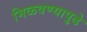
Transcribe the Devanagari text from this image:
मिळवण्यापुढे